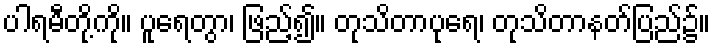
ပါရမီတို့ကို။ ပူရေတွာ၊ ဖြည့်၍။ တုသိတာပုရေ၊ တုသိတာနတ်ပြည်၌။